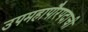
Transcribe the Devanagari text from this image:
उपमहापौरपदाची